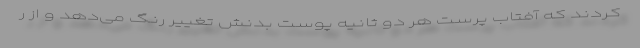
کردند که آفتاب پرست هر دو ثانیه پوست بدنش تغییر رنگ می‌دهد و از ر